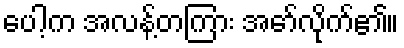
ပေါ့က အလန့်တကြား အော်လိုက်၏။